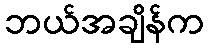
ဘယ်အချိန်က